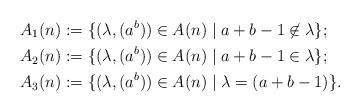
LaTeX: \begin{align*} &A_1(n):=\{(\lambda,(a^b))\in A(n) \mid a+b-1 \not \in \lambda \};\\ &A_2(n):=\{(\lambda,(a^b))\in A(n) \mid a+b-1 \in\lambda \};\\ &A_3(n):=\{(\lambda,(a^b))\in A(n) \mid \lambda=(a+b-1) \}.\end{align*}